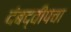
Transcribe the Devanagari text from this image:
दंबद्वीपचा